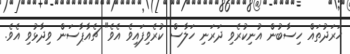
ހަރަދުތައް ހިސާބުން އުނިކުރެވި ދަރަނި ހަލާސް ކުރެވިފައިވެ އެވެ" ޗެއާޕާސަން ވިދާޅުވި އެވެ.